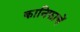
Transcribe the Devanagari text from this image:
कानिफाचें